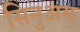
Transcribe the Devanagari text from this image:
सिनुअस